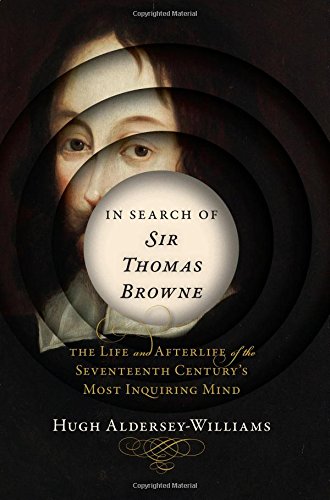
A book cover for In Search of Sir Thomas Browne: The Life and Afterlife of the Seventeenth Century's Most Inquiring Mind; Hugh Aldersey-Williams; Biographies & Memoirs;